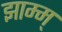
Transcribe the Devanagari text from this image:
झाम्म्